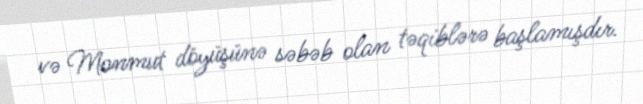
və Monmut döyüşünə səbəb olan təqiblərə başlamışdır.